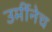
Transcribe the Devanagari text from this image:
उर्मीनेच